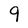
Character: 9